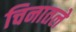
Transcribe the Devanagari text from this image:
चिनातले